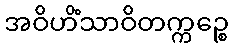
အဝိဟိံသာဝိတက္ကဉ္စေ